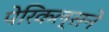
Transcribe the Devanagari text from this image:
पेरिकल्सने